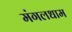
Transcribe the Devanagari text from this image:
मंगलधाम